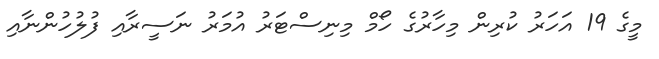
މީގެ 19 އަހަރު ކުރިން މިހާރުގެ ހޯމް މިނިސްޓަރު އުމަރު ނަސީރާއި ފުލުހުންނާއި